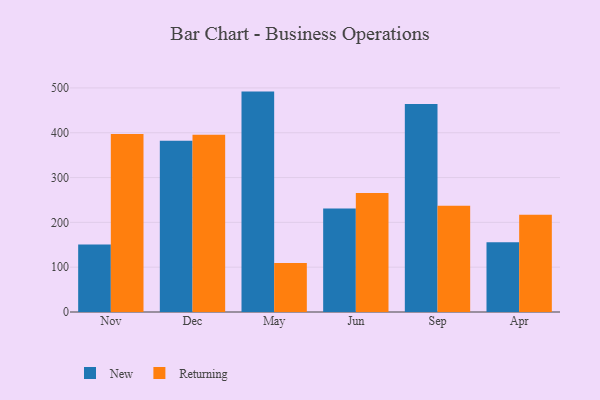
{"axis": {"x": "Month", "y": "Customer Acquisition Cost (USD)"}, "legend": ["New", "Returning"], "data": [{"x": "Nov", "y": 150.5, "type": "New"}, {"x": "Nov", "y": 397.2, "type": "Returning"}, {"x": "Dec", "y": 382.3, "type": "New"}, {"x": "Dec", "y": 395.6, "type": "Returning"}, {"x": "May", "y": 491.8, "type": "New"}, {"x": "May", "y": 109.4, "type": "Returning"}, {"x": "Jun", "y": 231.2, "type": "New"}, {"x": "Jun", "y": 265.8, "type": "Returning"}, {"x": "Sep", "y": 464.1, "type": "New"}, {"x": "Sep", "y": 237.2, "type": "Returning"}, {"x": "Apr", "y": 155.7, "type": "New"}, {"x": "Apr", "y": 216.9, "type": "Returning"}]}